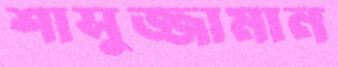
শাসুজ্জামান